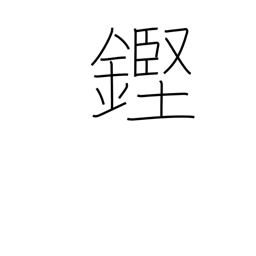
Meaning: clinking sound